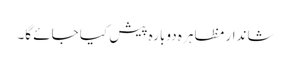
شاندار مظاہر ہ دوبارہ پیش کیا جائے گا۔